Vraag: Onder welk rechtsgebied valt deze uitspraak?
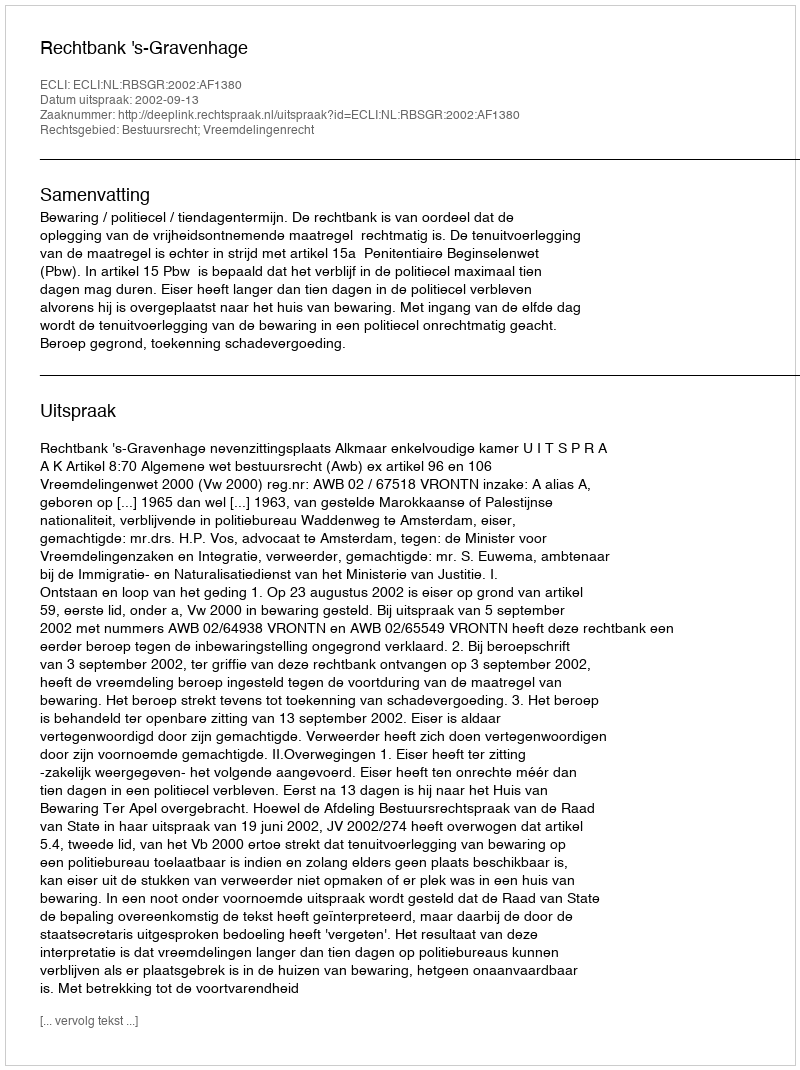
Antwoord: Bestuursrecht; Vreemdelingenrecht